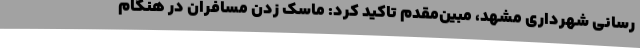
رسانی شهرداری مشهد، مبین‌مقدم تاکید کرد: ماسک زدن مسافران در هنگام